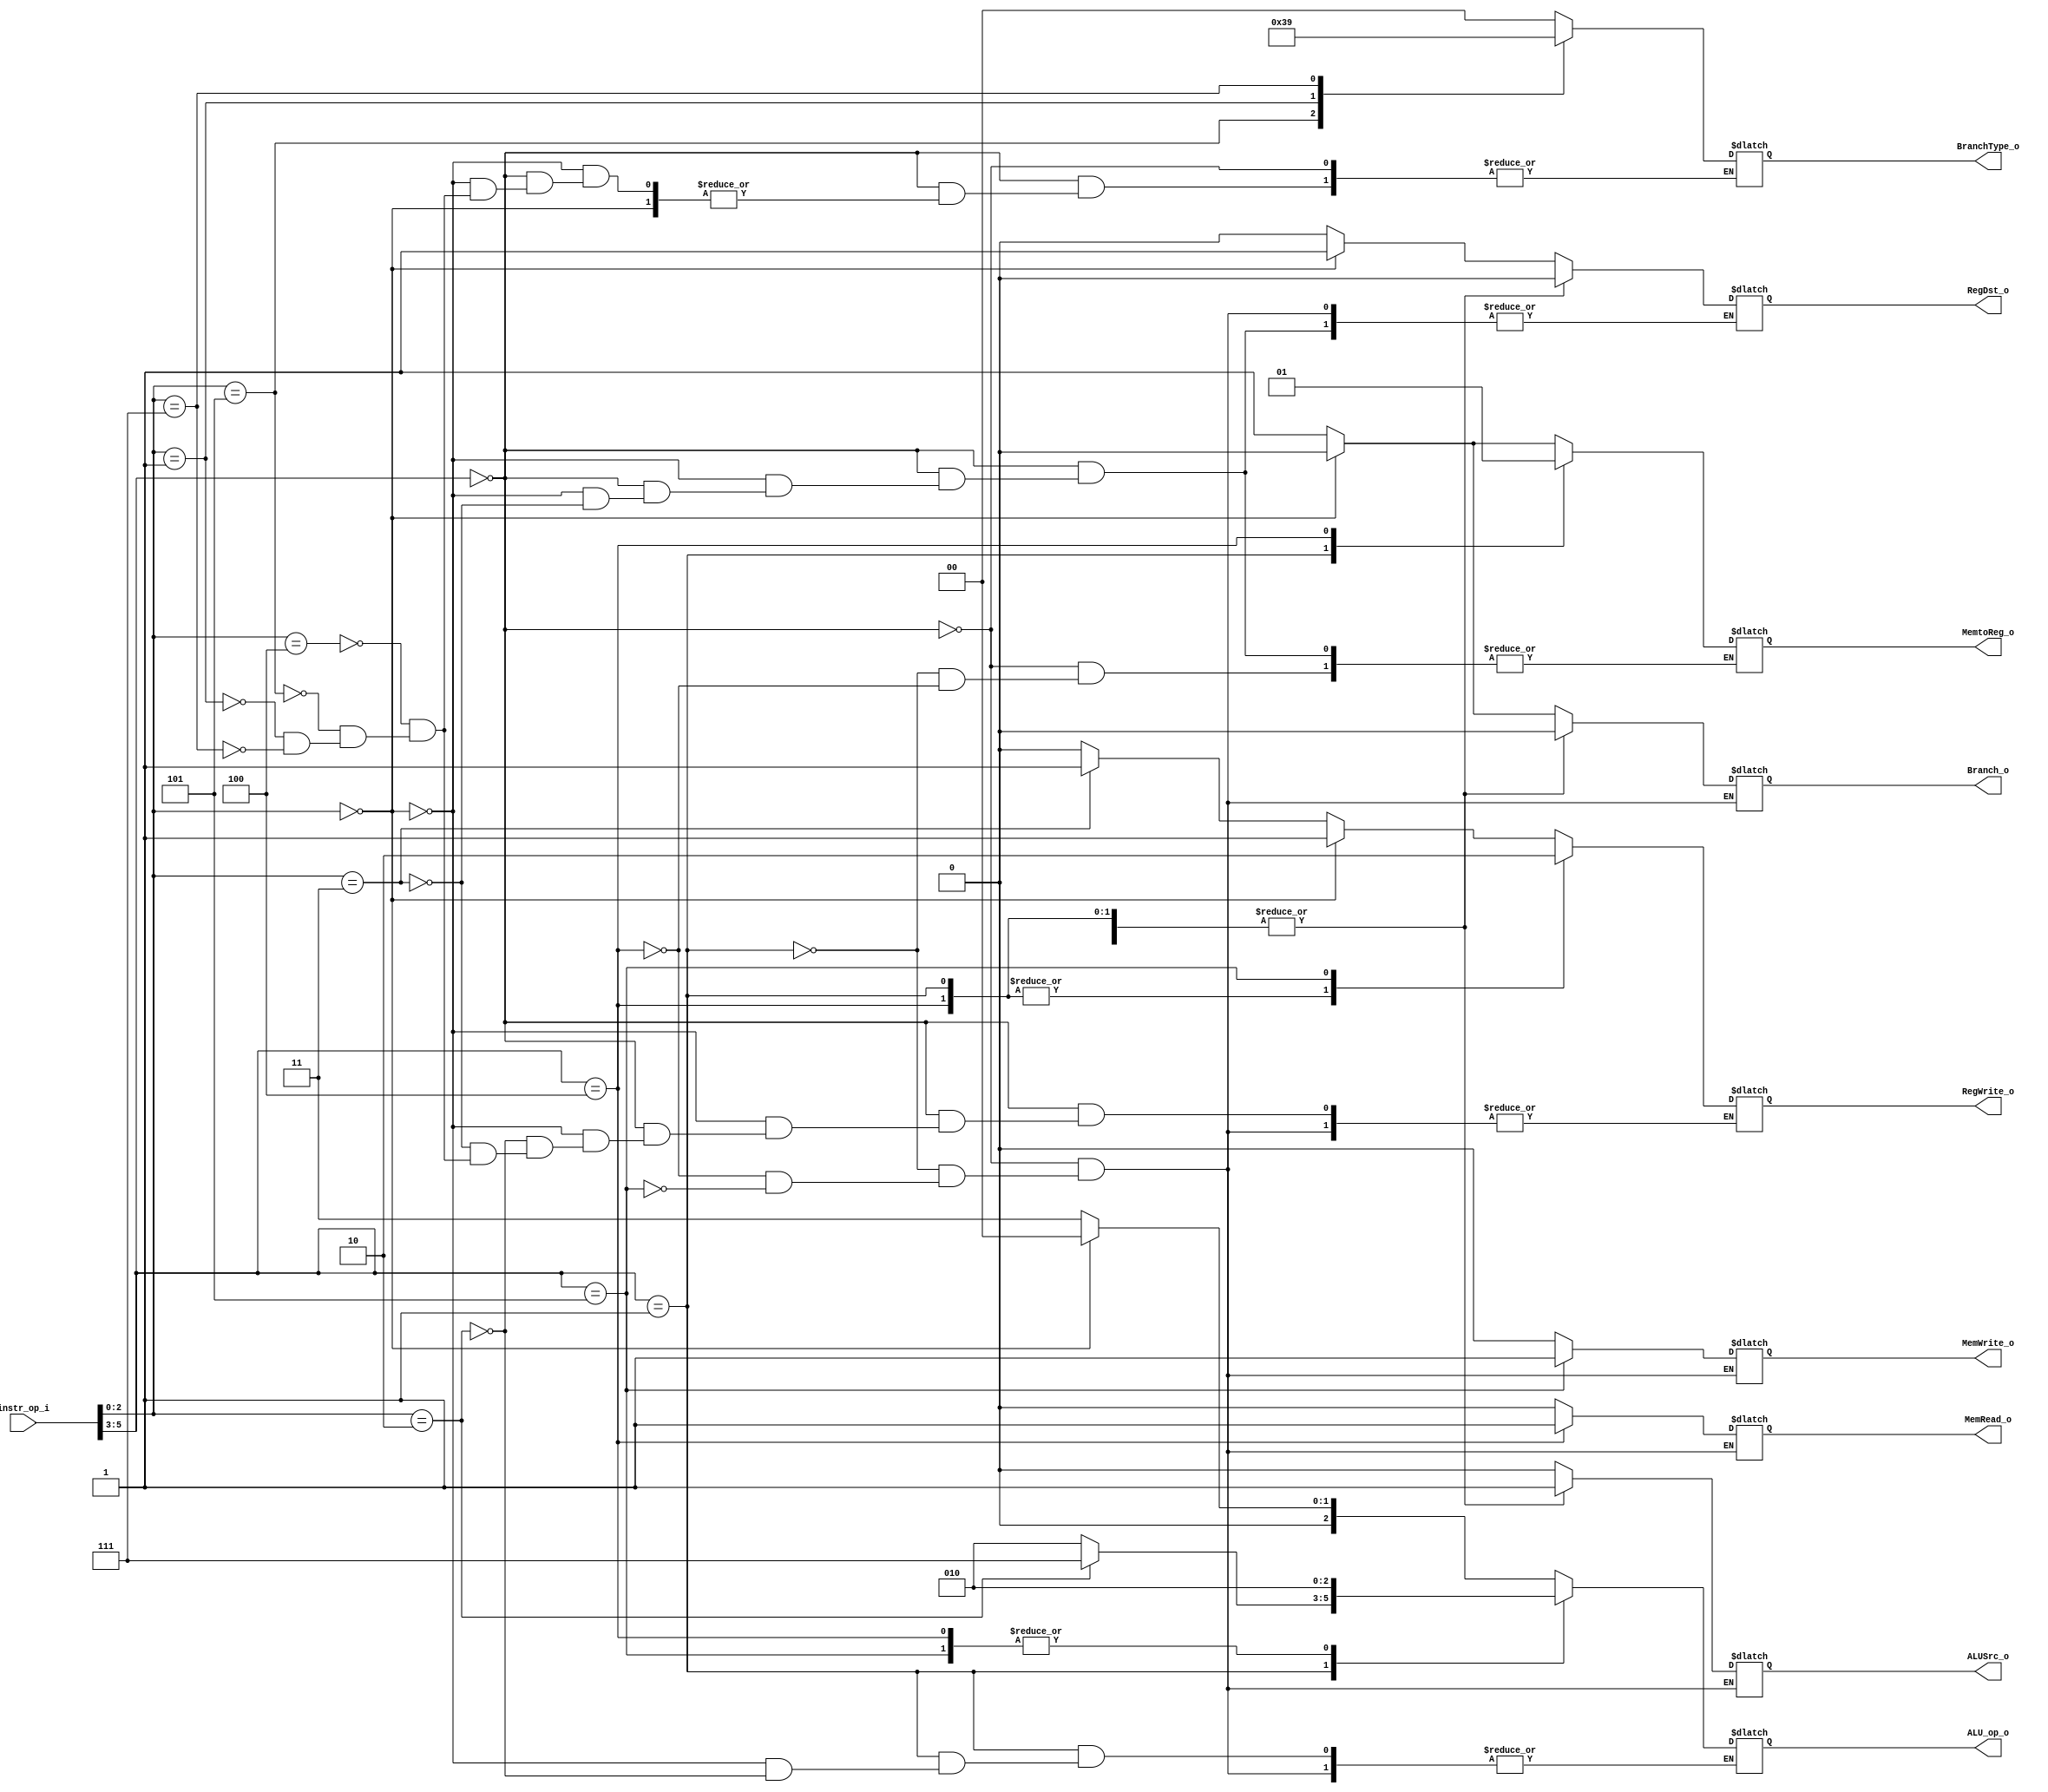
//Subject:     CO project 2 - Decoder
//--------------------------------------------------------------------------------
//Version:     1
//--------------------------------------------------------------------------------
//Writer:      Luke
//----------------------------------------------
//Date:        
//----------------------------------------------
//Description: 
//--------------------------------------------------------------------------------
//`timescale 1ns/1ps
module Decoder(
    instr_op_i,
	RegWrite_o,
	ALU_op_o,
	ALUSrc_o,
	RegDst_o,
	Branch_o,
	BranchType_o,
	MemRead_o,
	MemWrite_o,
	MemtoReg_o
	);
     
//I/O ports
input  [6-1:0] instr_op_i;

output         RegWrite_o;
output [3-1:0] ALU_op_o;
output         ALUSrc_o;
output         RegDst_o;
output         Branch_o;
output [2-1:0] BranchType_o;
output         MemRead_o;
output         MemWrite_o;
output         MemtoReg_o;
 
//Internal Signals
reg            RegWrite_o;
reg    [3-1:0] ALU_op_o;
reg            ALUSrc_o;
reg            RegDst_o;
reg            Branch_o;
reg    [2-1:0] BranchType_o;
reg            MemRead_o;
reg            MemWrite_o;
reg            MemtoReg_o;
//Parameter


//Main function

always@ (*) begin
    case (instr_op_i[5:3])
		3'b000: begin
            if(instr_op_i[2:0] == 3'b000) begin // R-type
				ALU_op_o = 3'b000;
				ALUSrc_o = 0;
				RegWrite_o = 1;
				RegDst_o = 1;
				Branch_o = 0;
				//Jump_o = 0;
				MemRead_o = 0;
				MemWrite_o = 0;
				MemtoReg_o = 0;
			end
			else begin // J & B
				ALU_op_o = 3'b011;
				ALUSrc_o = 0;
				Branch_o = 1;
				MemRead_o = 0;
				MemWrite_o = 0;
				case (instr_op_i[2:0])
					3'b010: begin // j
						//Jump_o = 1;
						RegWrite_o = 0;
					end
					3'b011: begin // jal
						//Jump_o = 1;
						RegWrite_o = 1;
						RegDst_o = 2'd2;
						MemtoReg_o = 2'd3;
					end
					3'b100: begin // beq
						BranchType_o = 2'd0;
						//Jump_o = 0;
						RegWrite_o = 0;
					end
					3'b101: begin // bne
						BranchType_o = 2'd3;
						//Jump_o = 0;
						RegWrite_o = 0;
					end
					3'b001: begin // bge
						BranchType_o = 2'd2;
						//Jump_o = 0;
						RegWrite_o = 0;
					end
					3'b111: begin // bgt
						BranchType_o = 2'd1;
						//Jump_o = 0;
						RegWrite_o = 0;
					end
				endcase
            end
		end
		3'b001: begin // I-type
			ALUSrc_o = 1;
			RegWrite_o = 1;
			RegDst_o = 0;
			Branch_o = 0;
			MemRead_o = 0;
			MemWrite_o = 0;
			MemtoReg_o = 0;
			case (instr_op_i[2:0])
				3'b000: ALU_op_o = 3'b010; // addi
				3'b010: ALU_op_o = 3'b111; // slti
			endcase
		end
		3'b100: begin // load
			ALU_op_o = 3'b010;
			ALUSrc_o = 1;
			RegWrite_o = 1;
			RegDst_o = 0;
			Branch_o = 0;
			MemRead_o = 1;
			MemWrite_o = 0;
			MemtoReg_o = 1;
		end
		3'b101: begin // store
			ALU_op_o = 3'b010;
			ALUSrc_o = 1;
			RegWrite_o = 0;
			RegDst_o = 0;
			Branch_o = 0;
			MemRead_o = 0;
			MemWrite_o = 1;
		end
	endcase
end         
endmodule